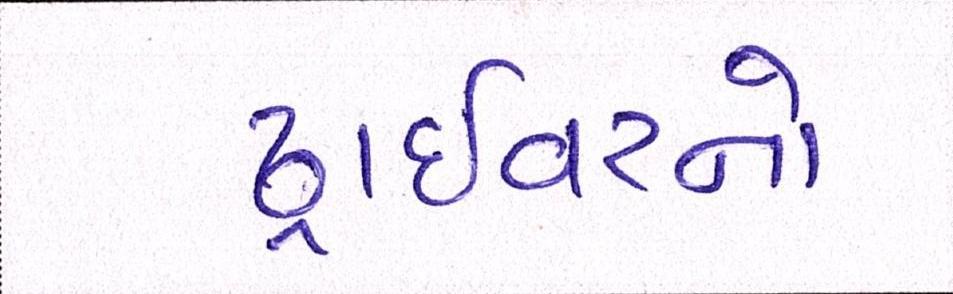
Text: ડ્રાઇવરનો